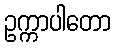
ဥက္ကာပါတော